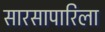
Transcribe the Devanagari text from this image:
सारसापारिला